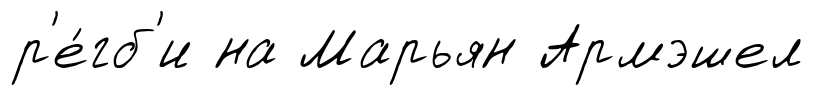
р'е́гб'и на Марьян Армэшел